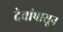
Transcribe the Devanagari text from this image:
देवांपासून